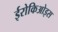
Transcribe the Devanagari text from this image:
ईरोकिओइस